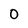
Character: O